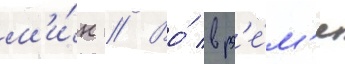
м'и́н // Во́ вр'е́м'я